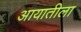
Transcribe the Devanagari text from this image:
आयातीला